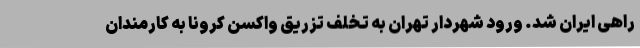
راهی ایران شد. ورود شهردار تهران به تخلف تزریق واکسن کرونا به کارمندان